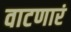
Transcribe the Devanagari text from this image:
वाटणारं